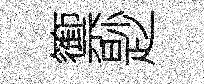
籞尟